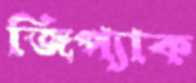
জিপ্যাক